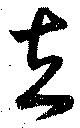
在